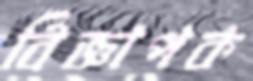
বিজ্ঞাপক